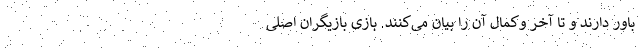
باور دارند و تا آخر وکمال آن را بیان می‌کنند. بازی بازیگران اصلی